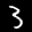
Label: 3